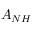
A _ { N H }